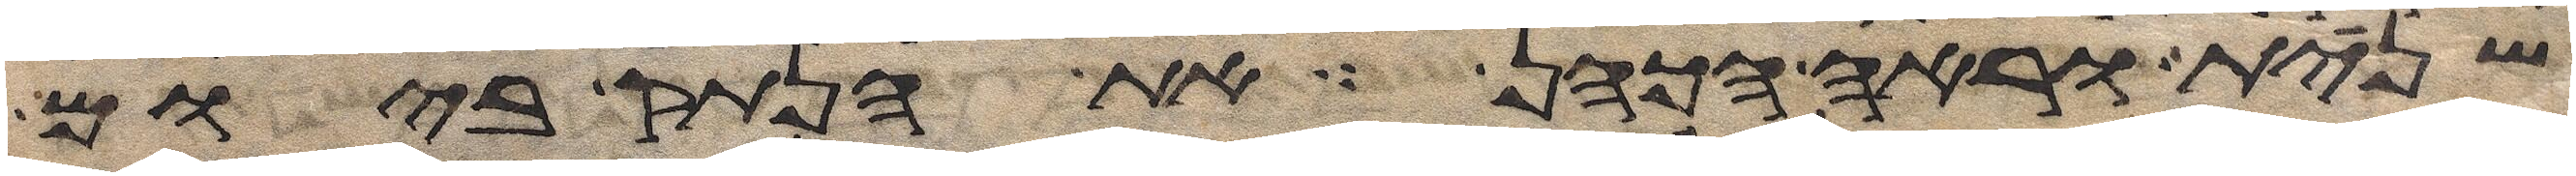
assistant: שנית וראה הכהן את הנתק ביום